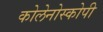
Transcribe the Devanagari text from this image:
कोलेनोस्कोपी